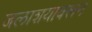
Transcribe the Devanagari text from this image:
जलाशयावरून